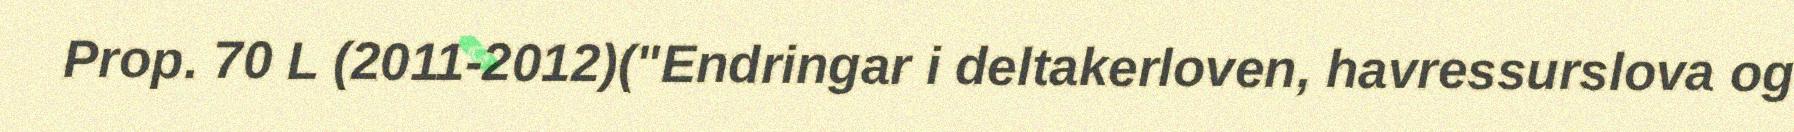
Prop. 70 L (2011-2012)("Endringar i deltakerloven, havressurslova og